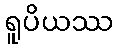
ရူပိယဿ